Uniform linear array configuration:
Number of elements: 48
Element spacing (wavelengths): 1
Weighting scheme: hamming
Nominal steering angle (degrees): -60
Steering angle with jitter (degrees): -61.553
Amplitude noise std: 0.05
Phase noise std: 0.05

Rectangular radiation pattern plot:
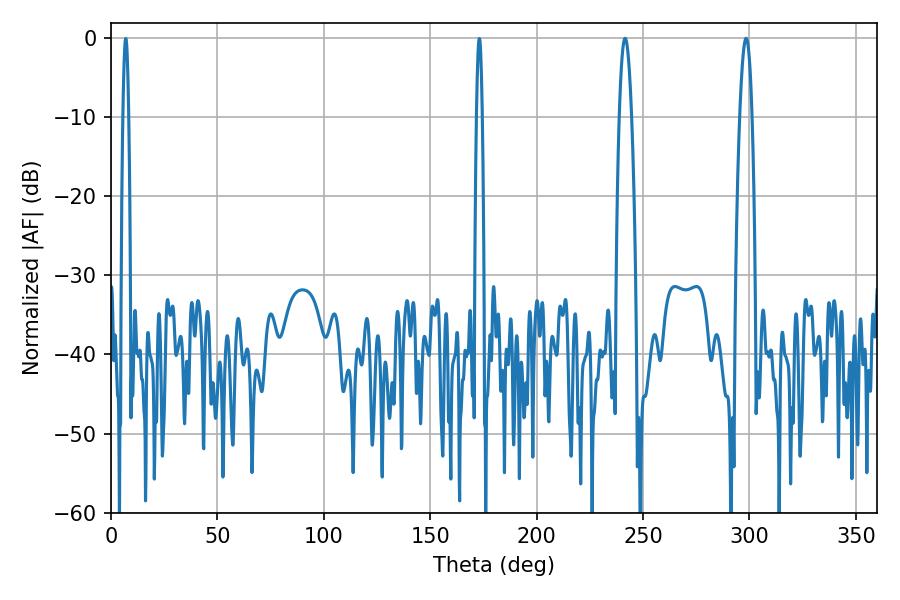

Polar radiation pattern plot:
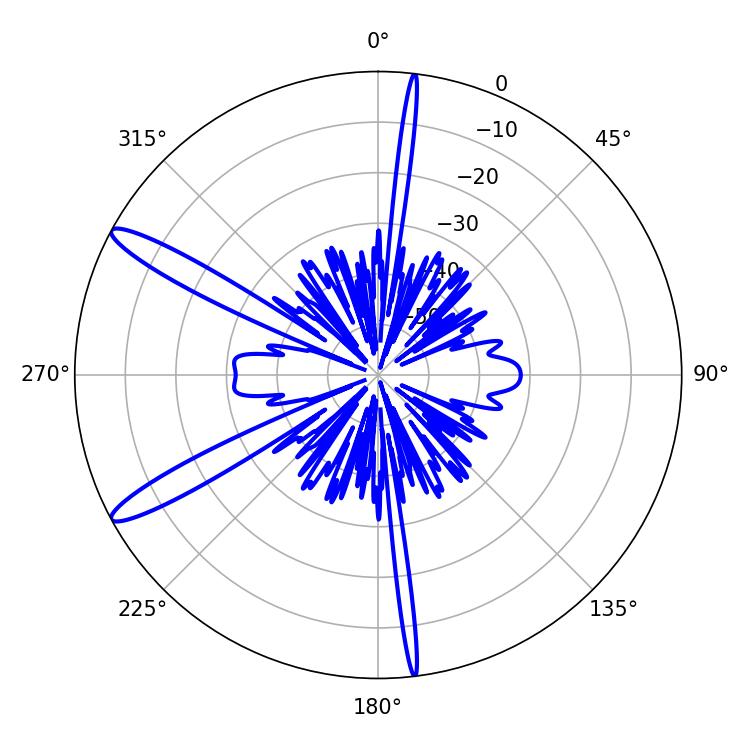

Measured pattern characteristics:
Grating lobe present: TRUE
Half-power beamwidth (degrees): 3.06
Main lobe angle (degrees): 241.56